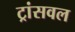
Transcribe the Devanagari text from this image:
ट्रांसवल